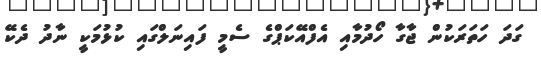
ގަދަ ހަތަރަކުން ޖާގާ ހޯދުމާއި އެފްއޭކަޕްގެ ސެމީ ފައިނަލްގައި ކުޅުމަކީ ނާދު ދެކޭ